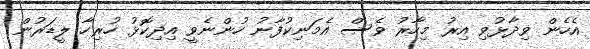
އެހެން ވިދާޅުވި އިރު މިހާރު ވެސް އެމަނިކުފާނު ހުންނެވީ އިދިކޮޅު ހުރިހާ ލީޑަރުން